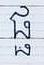
ផ្ផ